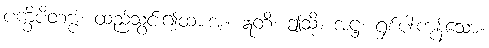
ပက္ခိပိတဗ္ဗံ၊ ထည့်သွင်း၍ထားအံ့။ ဣတိ၊ ဤသို့။ အဋ္ဌ၊ ရှစ်ပါးကုန်သော။